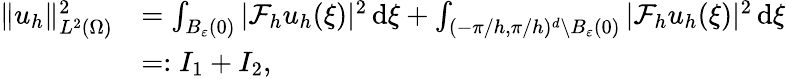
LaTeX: \begin{array}{rl}{\| u_{h}\| _{L^{2}(\Omega)}^{2}}&{=\int_{B_{\varepsilon}(0)}|\mathcal{F}_{h}{u}_{h}(\xi)|^{2}\, \mathrm{d}\xi+\int_{(-\pi/h,\pi/h)^{d}\setminus B_{\varepsilon}(0)}|\mathcal{F}_{h}{u}_{h}(\xi)|^{2}\, \mathrm{d}\xi}\\ &{=:I_{1}+I_{2},}\end{array}